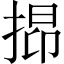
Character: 𢯤